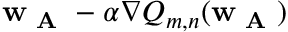
\mathbf { w } _ { \textbf { A } } - \alpha \nabla Q _ { m , n } ( \mathbf { w } _ { \textbf { A } } )